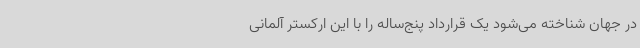
در جهان شناخته می‌شود یک قرارداد پنج‌ساله را با این ارکستر آلمانی